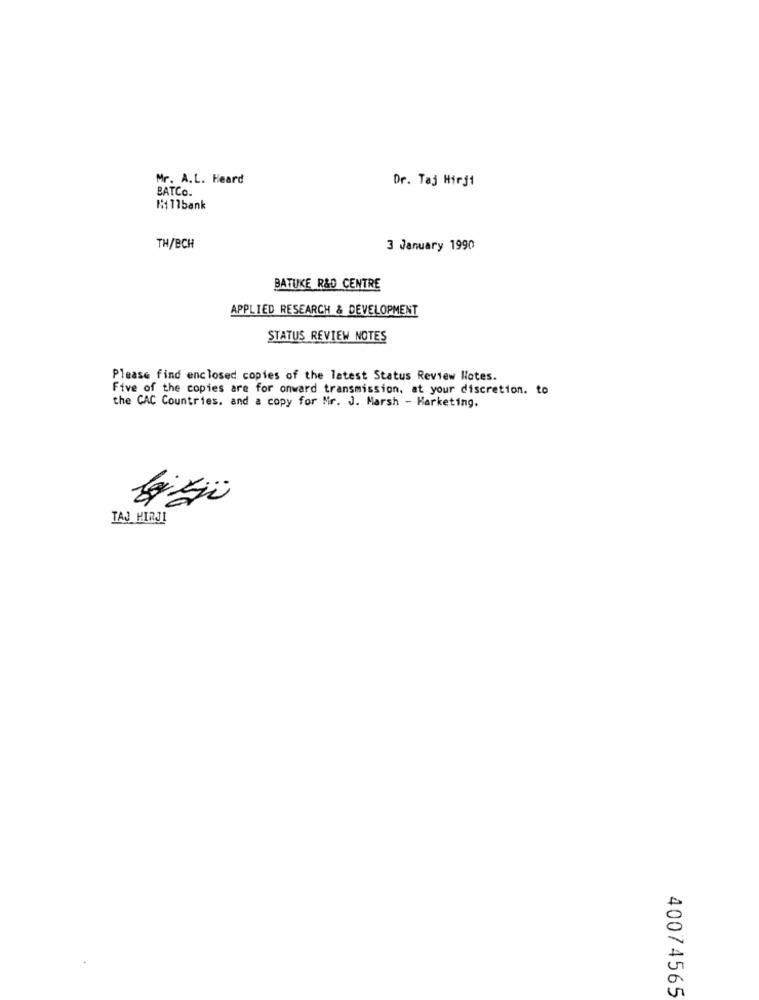
Mr. A.L. Heard
Dr. Taj Hirji
BATCO.
Mi11bank
TH/BCH
3 January 1990
BATUKE R&D CENTRE
APPLIED RESEARCH & DEVELOPMENT
STATUS REVIEW NOTES
Please find enclosed copies of the latest Status Review Notes.
Five of the copies are for onward transmission, at your discretion. to
the CAC Countries, and a copy for Mr. J. Marsh - Marketing.
TAJ MIRJI
40074565